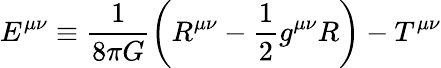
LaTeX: E^{\mu\nu}\equiv\frac{1}{8\pi G}\left(R^{\mu\nu}-\frac{1}{2}g^{\mu\nu}R\right)-T^{\mu\nu}